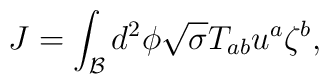
J=\int_{\mathcal{B}}d^2\phi \sqrt{\sigma }T_{ab}u^a\zeta ^b,